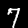
Digit: 7